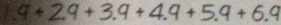
1 . 9 + 2 . 9 + 3 . 9 + 4 . 9 + 5 . 9 + 6 . 9